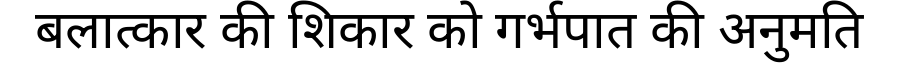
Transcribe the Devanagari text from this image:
बलात्कार की शिकार को गर्भपात की अनुमति